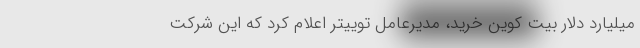
میلیارد دلار بیت کوین خرید، مدیرعامل توییتر اعلام کرد که این شرکت